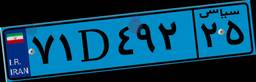
۷۰D۸۱۹۵۳